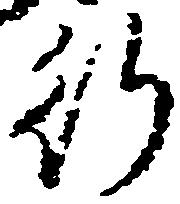
行